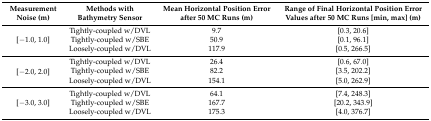
| Measurement Noise (m) | Methods with Bathymetry Sensor | Mean Horizontal Position Error after 50 MC Runs (m) | Range of Final Horizontal Position Error Values after 50 MC Runs [min, max] (m) |
 | --- | --- | --- | --- |
 | <ROWSPAN=3> [−1.0, 1.0] | Tightly-coupled w/DVL | 9.7 | [0.3, 20.6] |
 | Tightly-coupled w/SBE | 50.9 | [0.1, 96.1] |
 | Loosely-coupled w/DVL | 117.9 | [0.5, 266.5] |
 | <ROWSPAN=3> [−2.0, 2.0] | Tightly-coupled w/DVL | 26.4 | [0.6, 67.0] |
 | Tightly-coupled w/SBE | 82.2 | [3.5, 202.2] |
 | Loosely-coupled w/DVL | 154.1 | [5.0, 262.9] |
 | <ROWSPAN=3> [−3.0, 3.0] | Tightly-coupled w/DVL | 64.1 | [7.4, 248.3] |
 | Tightly-coupled w/SBE | 167.7 | [20.2, 343.9] |
 | Loosely-coupled w/DVL | 175.3 | [4.0, 376.7] |